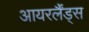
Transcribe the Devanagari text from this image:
आयरर्लैंड्स